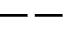
--